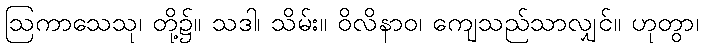
ဩကာသေသု၊ တို့၌။ သဒါ၊ သိမ်း။ ဝိလိနာဝ၊ ကျေသည်သာလျှင်။ ဟုတွာ၊